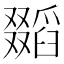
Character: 𠮐